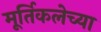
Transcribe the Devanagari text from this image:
मूर्तिकलेच्या